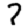
Digit: 7